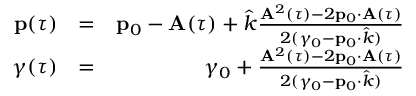
\begin{array} { r l r } { { \bf p } ( \tau ) } & { = } & { { \bf p } _ { 0 } - { \bf A } ( \tau ) + \hat { k } \frac { { \bf A } ^ { 2 } ( \tau ) - 2 { \bf p } _ { 0 } \cdot { \bf A } ( \tau ) } { 2 ( \gamma _ { 0 } - { \bf p } _ { 0 } \cdot \hat { k } ) } } \\ { \gamma ( \tau ) } & { = } & { \gamma _ { 0 } + \frac { { \bf A } ^ { 2 } ( \tau ) - 2 { \bf p } _ { 0 } \cdot { \bf A } ( \tau ) } { 2 ( \gamma _ { 0 } - { \bf p } _ { 0 } \cdot \hat { k } ) } } \end{array}